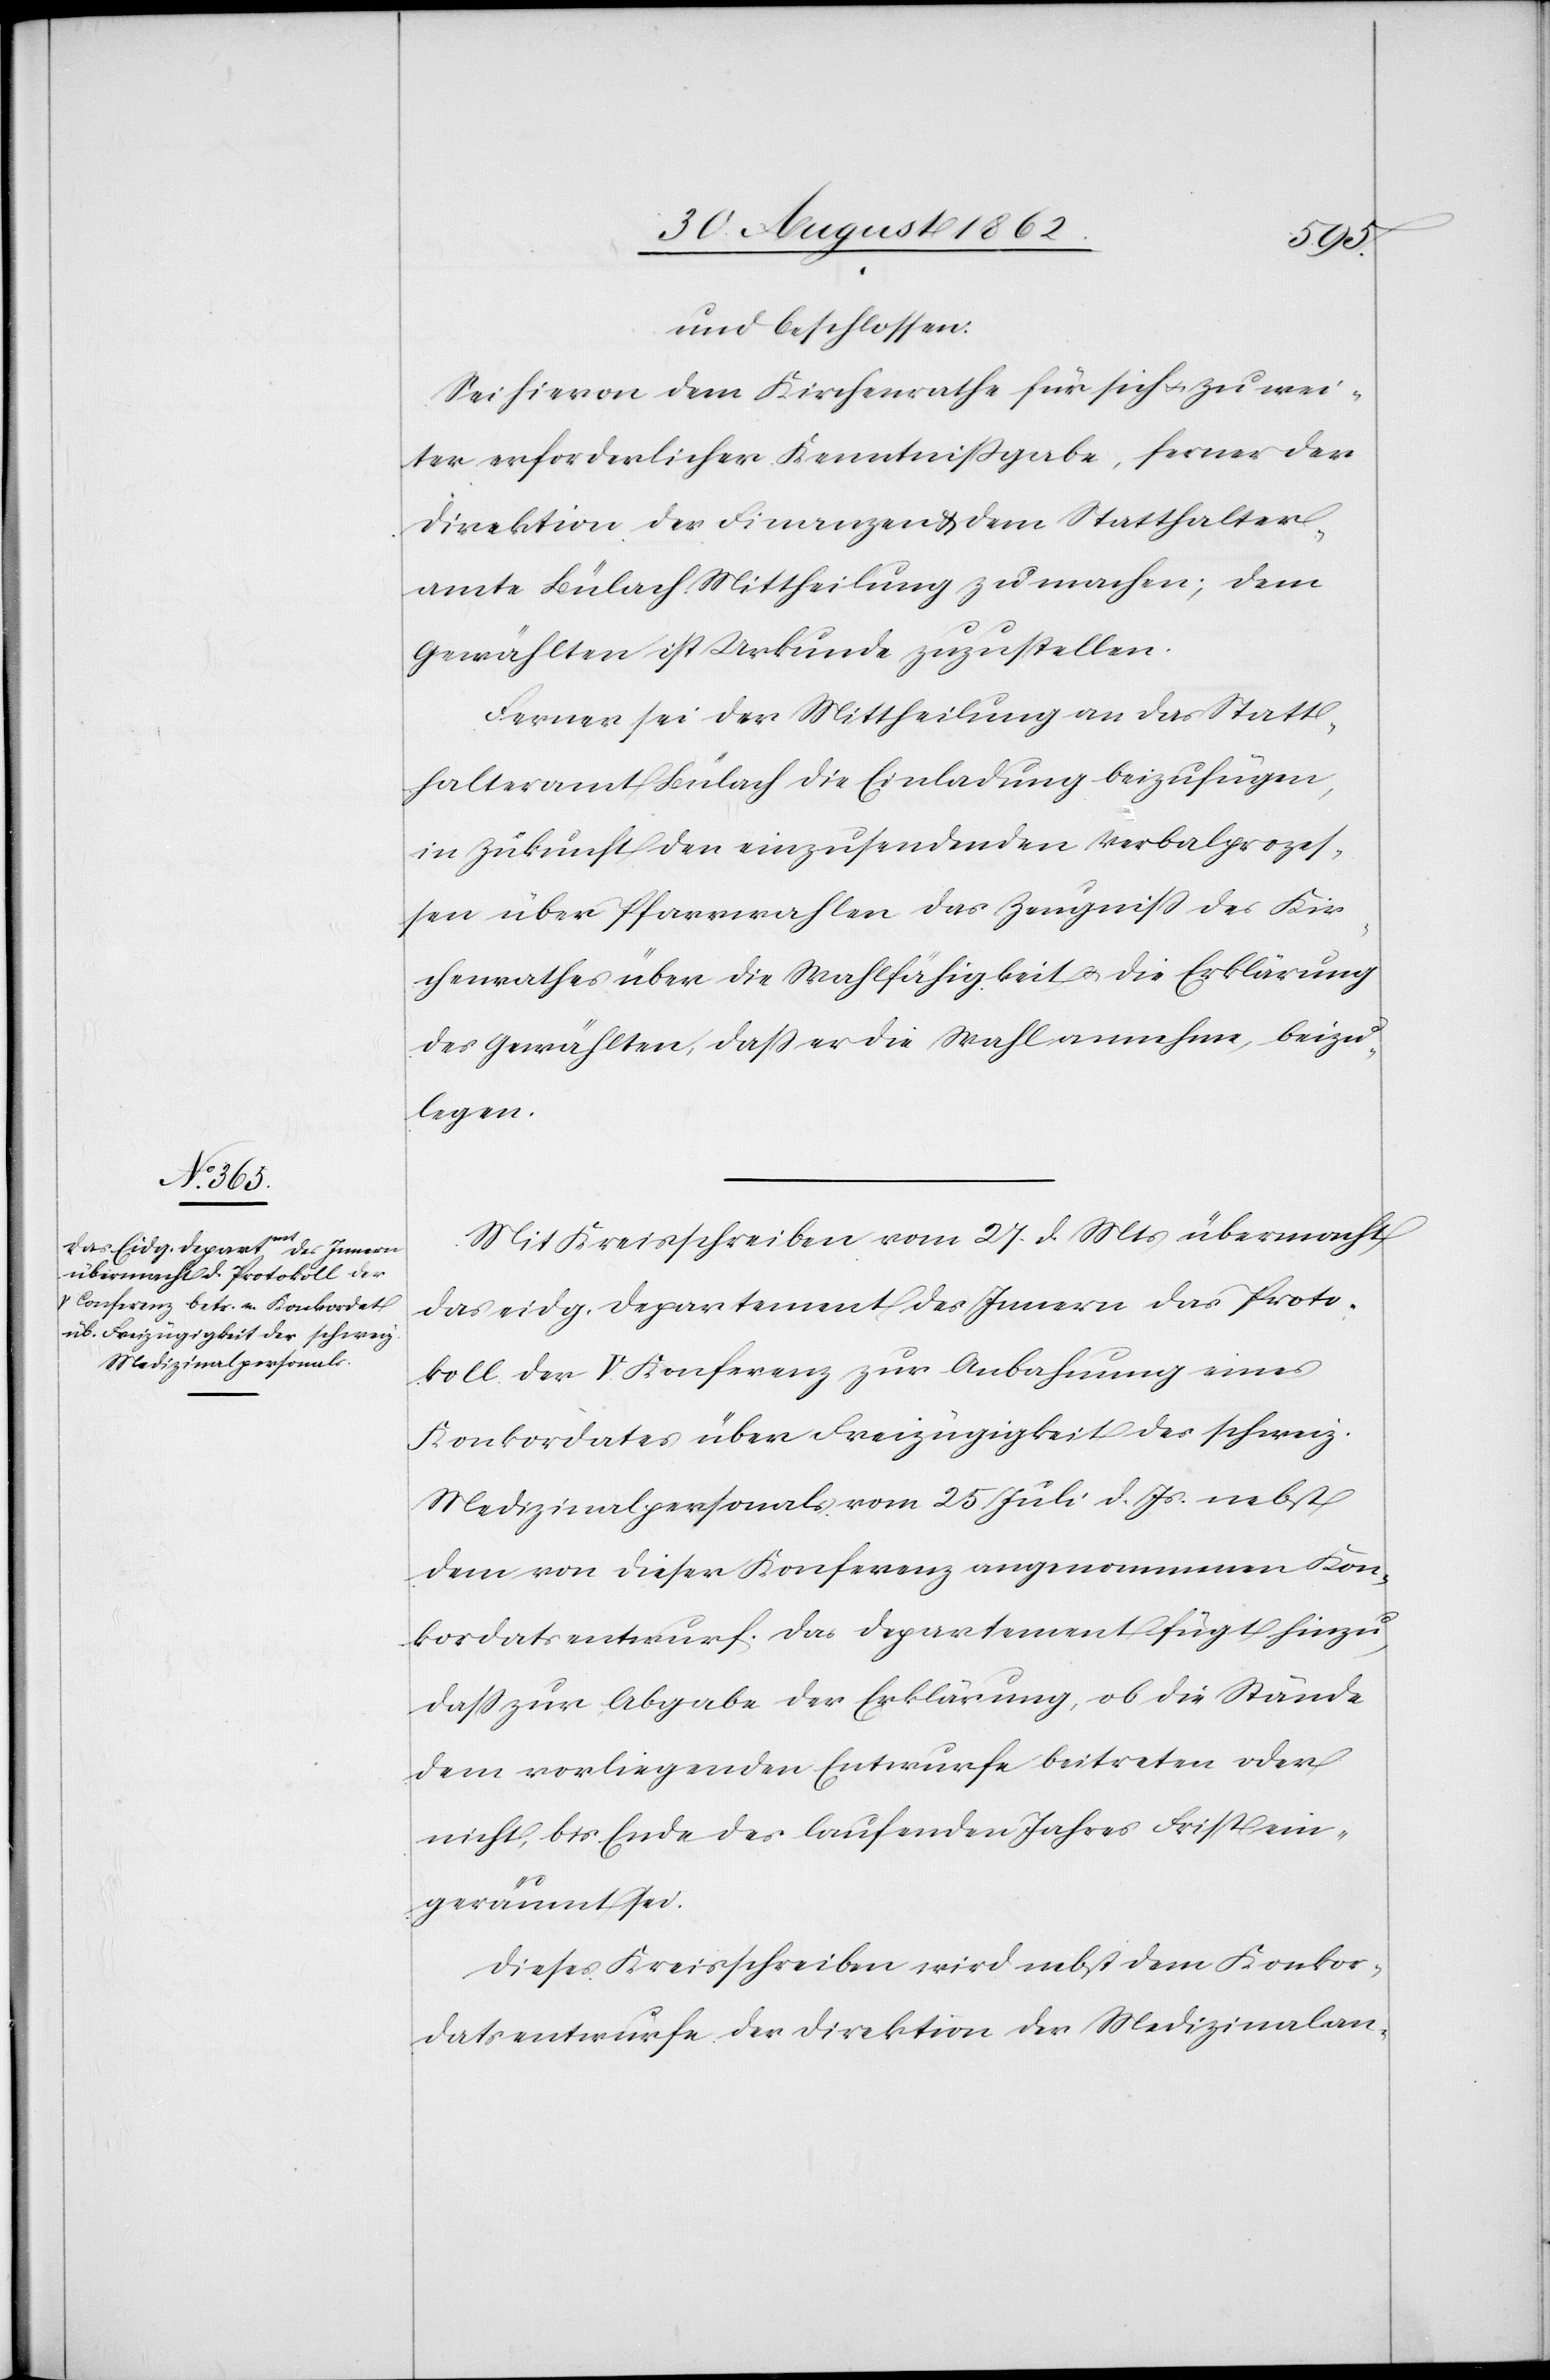
und beschlossen:
Sei hievon dem Kirchenrathe für sich u. zu wei¬
ter erforderlicher Kenntnißgabe, ferner der
Direktion der Finanzen u. dem Statthalter¬
amte Bülach Mittheilung zu machen; dem
Gewählten ist Urkunde zuzustellen.
Ferner sei der Mittheilung an das Statt¬
halteramt Bülach die Einladung beizufügen,
in Zukunft den einzusendenden Verbalprozes¬
sen über Pfarrwahlen das Zeugniß des Kir¬
chenrathes über die Wahlfähigkeit u. die Erklärung
des Gewählten, daß er die Wahl annehme, beizu¬
legen.
Mit Kreisschreiben vom 27. d. Mts. übermacht
das eidg. Departement des Innern das Proto¬
koll der V. Konferenz zur Anbahnung eines
Konkordates über Freizügigkeit des schweiz.
Medizinalpersonals vom 25. Juli d. Js. nebst
dem von dieser Konferenz angenommenen Kon¬
kordatsentwurf. Das Departement fügt hinzu,
daß zur Abgabe der Erklärung, ob die Stände
dem vorliegenden Entwurfe beitreten oder
nicht, bis Ende des laufenden Jahres Frist ein¬
geräumt sei.
Dieses Kreisschreiben wird nebst dem Konkor¬
datsentwurfe der Direktion der Medizinalan-